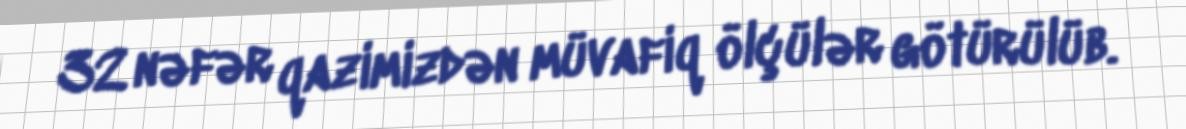
32 nəfər qazimizdən müvafiq ölçülər götürülüb.